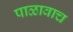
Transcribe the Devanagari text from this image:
पाळावाच